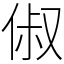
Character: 俶